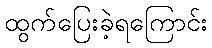
ထွက်ပြေးခဲ့ရကြောင်း